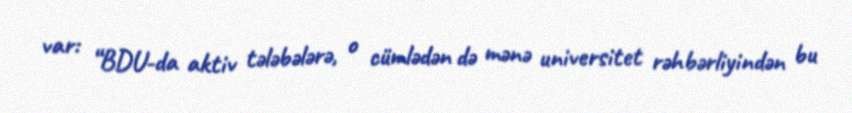
var: “BDU-da aktiv tələbələrə, o cümlədən də mənə universitet rəhbərliyindən bu